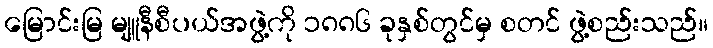
မြောင်းမြ မျူနီစီပယ်အဖွဲ့ကို ၁၈၈၆ ခုနှစ်တွင်မှ စတင် ဖွဲ့စည်းသည်။